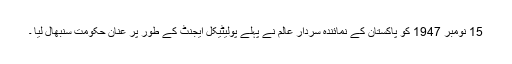
15 نومبر 1947 کو پاکستان کے نمائندہ سردار عالم نے پہلے پولیٹیکل ایجنٹ کے طور پر عنان حکومت سنبھال لیا ۔